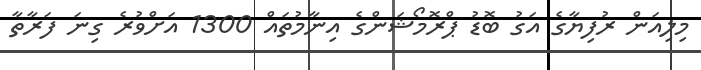
މިލިއަން ރުފިޔާގެ އަގު ބޮޑު ޕްރޮމޯޝަންގެ އިނާމުތައް 1300 އަށްވުރެ ގިނަ ފަރާތާ